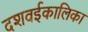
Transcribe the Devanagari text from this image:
दशवईकालिका